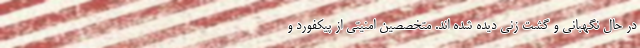
در حال نگهبانی و گشت زنی دیده شده اند. متخصصین امنیتی از پیکفورد و